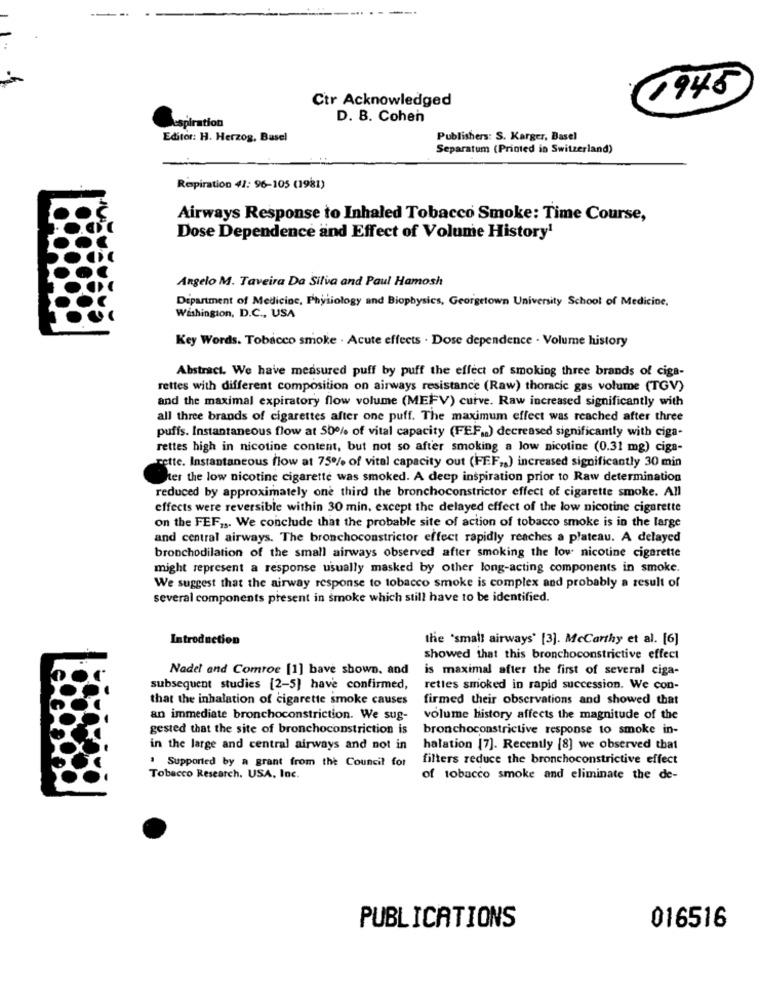
1945
Ctr Acknowledged
D. B. Cohen
spiration
Editor: H. Herzog, Basel
Publishers: S. Karger, Basel
Separatum (Printed in Switzerland)
Respiration 41: 96-105 (1981)
Airways Response to Inhaled Tobacco Smoke: Time Course,
Dose Dependence and Effect of Volume History1
Angelo M. Taveira Da Silva and Paul Hamosh
Department of Medicine, Physiology and Biophysics, Georgetown University School of Medicine.
Washington, D.C ., USA
Key Words. Tobacco smoke . Acute effects . Dose dependence . Volume history
Abstract. We have measured puff by puff the effect of smoking three brands of cigs-
rettes with different composition on airways resistance (Raw) thoracic gas volume (TGV)
and the maximal expiratory flow volume (MEFV) curve. Raw increased significantly with
all three brands of cigarettes after one puff. The maximum effect was reached after three
puffs. Instantaneous flow at 50% of vital capacity (FEF.) decreased significantly with ciga-
rettes high in nicotine content, but not so after smoking a low nicotine (0.31 mg) ciga-
rette. Instantaneous flow at 75% of vital capacity out (FFF ,, ) increased significantly 30 min
Per the low nicotine cigarette was smoked. A deep inspiration prior to Raw determination
reduced by approximately one third the bronchoconstrictor effect of cigarette smoke. All
effects were reversible within 30 min, except the delayed effect of the low nicotine cigarette
on the FEF ,,. We conclude that the probable site of action of tobacco smoke is in the large
and central airways. The bronchoconstrictor effect rapidly reaches a plateau. A delayed
bronchodilation of the small airways observed after smoking the lov nicotine cigarette
might represent a response usually masked by other long-acting components in smoke.
We suggest that the airway response to tobacco smoke is complex and probably a result of
several components present in smoke which still have to be identified.
Introduction
the 'small airways' [3]. McCarthy et al. [6]
showed that this bronchoconstrictive effect
Nadel and Comroe [1] bave shown, and
is maximal after the first of several ciga-
subsequent studies [2-5] have confirmed,
rettes smoked in rapid succession. We con-
that the inhalation of cigarette smoke causes
firmed their observations and showed that
an immediate bronchoconstriction. We sug-
volume history affects the magnitude of the
gested that the site of bronchoconstriction is
bronchoconstrictive response to smoke in-
in the large and central airways and not in
halation [7]. Recently [8] we observed that
. Supported by a grant from the Council for
filters reduce the bronchoconstrictive effect
Tobacco Research. USA, Inc.
of tobacco smoke and eliminate the de-
PUBLICATIONS
016516